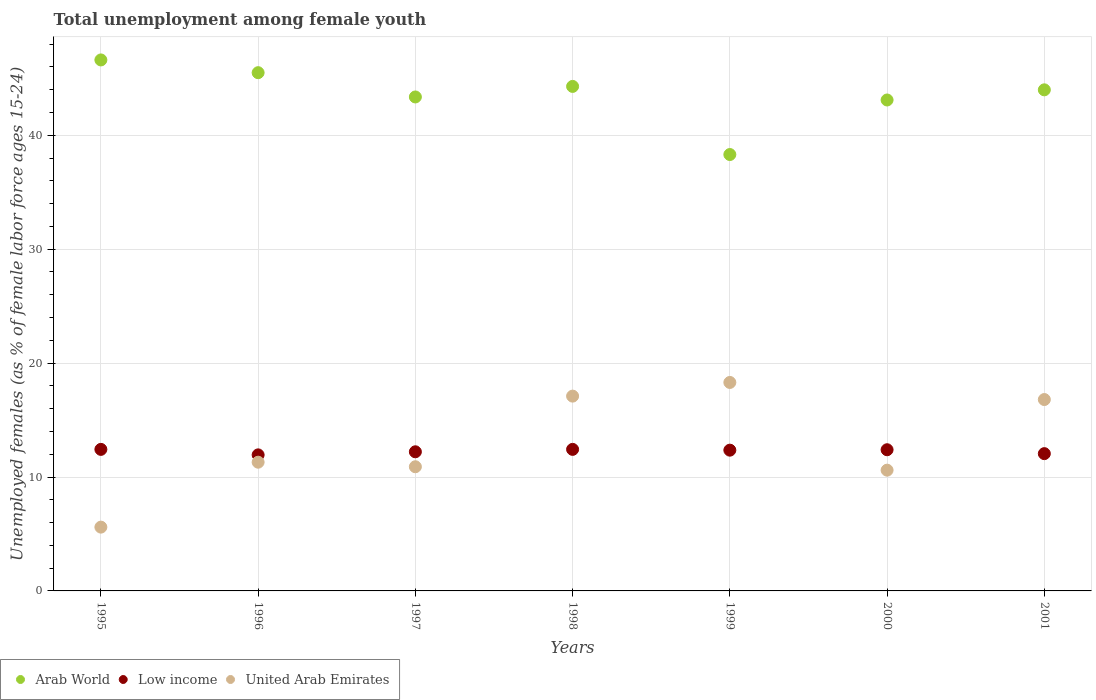
| Years | Arab World | Low income | United Arab Emirates |
 | --- | --- | --- | --- |
 | 1995 | 46.6 | 12.4 | 5.6 |
 | 1996 | 45.5 | 11.9 | 11.3 |
 | 1997 | 43.4 | 12.2 | 10.9 |
 | 1998 | 44.3 | 12.4 | 17.1 |
 | 1999 | 38.3 | 12.4 | 18.3 |
 | 2000 | 43.1 | 12.4 | 10.6 |
 | 2001 | 44 | 12.1 | 16.8 |